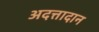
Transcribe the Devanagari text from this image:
अदत्तादान